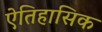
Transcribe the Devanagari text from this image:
ऐतिहासिक